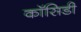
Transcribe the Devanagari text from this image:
कॉसिडी